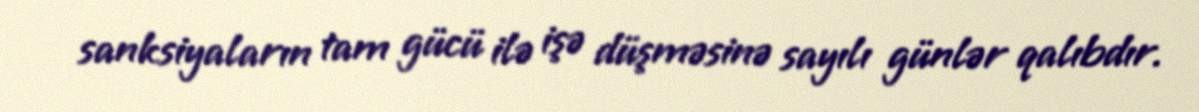
sanksiyaların tam gücü ilə işə düşməsinə sayılı günlər qalıbdır.